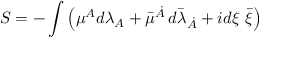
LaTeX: S = - \int \left( { \mu } { } ^ { A } d \lambda _ { A } + \bar { \mu } { } ^ { \dot { A } } \, d { \bar { \lambda } } _ { \dot { A } } + i d { \xi } ~ \bar { \xi } \right)